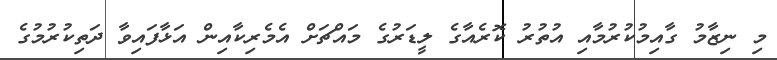
މި ނިޒާމު ގާއިމުކުރުމާއި އުތުރު ކޮރެއާގެ ލީޑަރުގެ މައްޗަށް އެމެރިކާއިން އަޅާފައިވާ ދަތިކުރުމުގެ